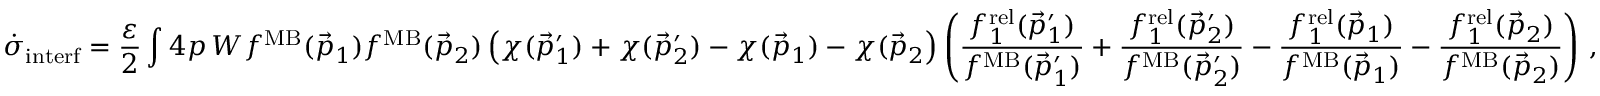
\small \dot { \sigma } _ { \mathrm { i n t e r f } } = \frac { \varepsilon } { 2 } \int \d ^ { 4 } p \, W f ^ { \mathrm { M B } } ( \vec { p } _ { 1 } ) f ^ { \mathrm { M B } } ( \vec { p } _ { 2 } ) \left( \chi ( \vec { p } _ { 1 } ^ { \prime } ) + \chi ( \vec { p } _ { 2 } ^ { \prime } ) - \chi ( \vec { p } _ { 1 } ) - \chi ( \vec { p } _ { 2 } \right) \left( \frac { f _ { 1 } ^ { \mathrm { r e l } } ( \vec { p } _ { 1 } ^ { \prime } ) } { f ^ { \mathrm { M B } } ( \vec { p } _ { 1 } ^ { \prime } ) } + \frac { f _ { 1 } ^ { \mathrm { r e l } } ( \vec { p } _ { 2 } ^ { \prime } ) } { f ^ { \mathrm { M B } } ( \vec { p } _ { 2 } ^ { \prime } ) } - \frac { f _ { 1 } ^ { \mathrm { r e l } } ( \vec { p } _ { 1 } ) } { f ^ { \mathrm { M B } } ( \vec { p } _ { 1 } ) } - \frac { f _ { 1 } ^ { \mathrm { r e l } } ( \vec { p } _ { 2 } ) } { f ^ { \mathrm { M B } } ( \vec { p } _ { 2 } ) } \right) \, ,